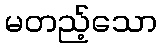
မတည့်သော